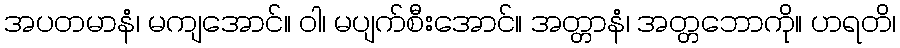
အပတမာနံ၊ မကျအောင်။ ဝါ၊ မပျက်စီးအောင်။ အတ္တာနံ၊ အတ္တဘောကို။ ဟရတိ၊